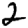
Digit: 2